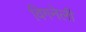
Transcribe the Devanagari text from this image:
विगनेली